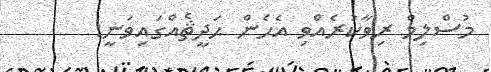
މުސްލިމް ރިވާކުރެއްވި އެހެން ޙަދީޘެއްގައިވަނީ: